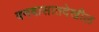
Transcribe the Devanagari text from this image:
वनवासातदेखील